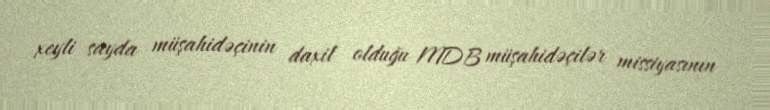
xeyli sayda müşahidəçinin daxil olduğu MDB müşahidəçilər missiyasının